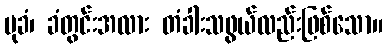
မုခံ၊ ခံတွင်းအလား တံခါးသဖွယ်လည်းဖြစ်သော။